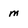
Character: m